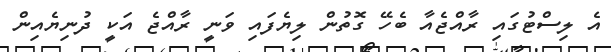
އެ ލިސްޓުގައި ރާއްޖެއާ ބެހޭ ގޮތުން ލިޔެފައި ވަނީ ރާއްޖެ އަކީ ދުނިޔެއިން